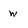
Character: w